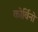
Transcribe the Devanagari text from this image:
कोर्विनो